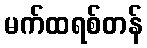
မက်ထရစ်တန်